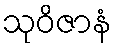
သုဝိဇာနံ